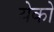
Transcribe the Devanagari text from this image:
येको